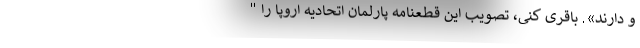
و دارند». باقری کنی، تصویب این قطعنامه پارلمان اتحادیه اروپا را "